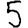
Digit: 5